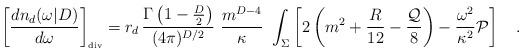
LaTeX: \begin{align*}\left[{dn_d(\omega|D) \over d\omega}\right]_{\tiny\mbox{div}}=r_d\, {\Gamma\left(1-\frac D2\right) \over (4\pi)^{D/2}}\,\, {m^{D-4} \over \kappa}\,\, \int_{\Sigma}\left[2\left(m^2+{R\over 12} -{{\cal Q} \over 8}\right)-{\omega^2\over \kappa^2}{\cal P}\right]~~~.\end{align*}